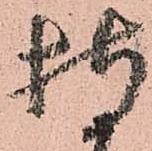
持